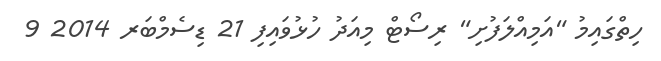
ހިތްގައިމު "އަމިއްލަފުށި" ރިސޯޓް މިއަދު ހުޅުވައިފި 21 ޑިސެމްބަރ 2014 9